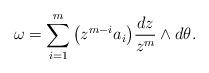
LaTeX: \begin{align*}\omega=\sum_{i=1}^m \big(z^{m-i}a_i \big) \frac{dz}{z^m}\wedge d\theta.\end{align*}